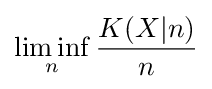
\liminf _{n}{\frac {K(X|n)}{n}}